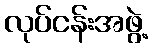
လုပ်ငန်းအဖွဲ့